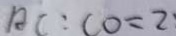
A C : C O = 2